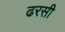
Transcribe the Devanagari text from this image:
ढरसी